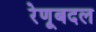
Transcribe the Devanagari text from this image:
रेणूबदल